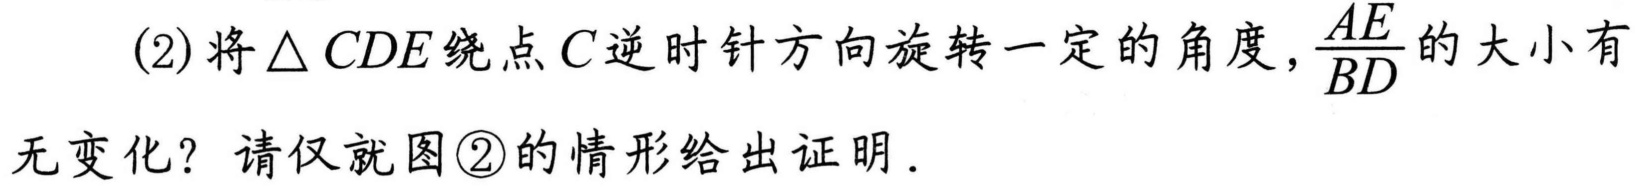
(2)将$\triangle CDE$绕点$C$逆时针方向旋转一定的角度，$\dfrac{AE}{BD}$的大小有无变化？请仅就图\textcircled{2}的情形给出证明.